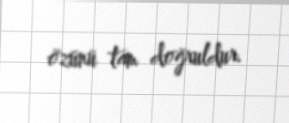
özünü tam doğruldur.